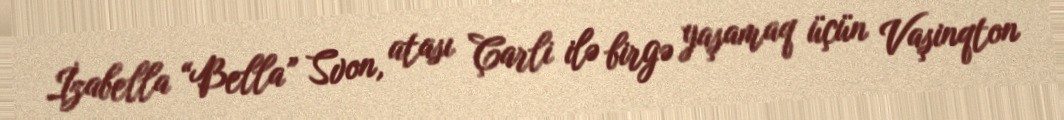
İzabella “Bella” Svon, atası Çarli ilə birgə yaşamaq üçün Vaşinqton